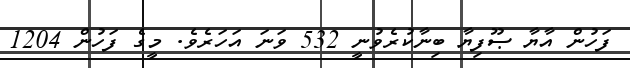
ފަހުން އާޔާ ޞޫފިޔާ ބިނާކުރެވުނީ 532 ވަނަ އަހަރެވެ. މީގެ ފަހުން 1204